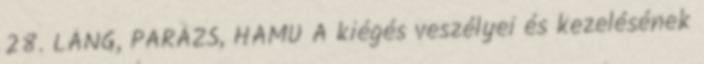
28. LÁNG, PARÁZS, HAMU A kiégés veszélyei és kezelésének